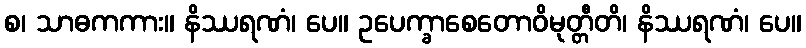
စ၊ သာဓကကား။ နိဿရဏံ၊ ပေ။ ဥပေက္ခာစေတောဝိမုတ္တီတိ၊ နိဿရဏံ၊ ပေ။